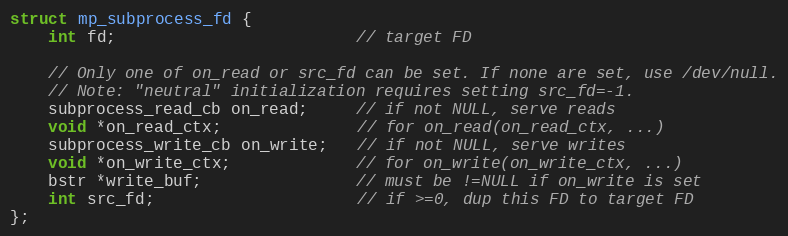
Language: C
struct mp_subprocess_fd {
    int fd;                         // target FD

    // Only one of on_read or src_fd can be set. If none are set, use /dev/null.
    // Note: "neutral" initialization requires setting src_fd=-1.
    subprocess_read_cb on_read;     // if not NULL, serve reads
    void *on_read_ctx;              // for on_read(on_read_ctx, ...)
    subprocess_write_cb on_write;   // if not NULL, serve writes
    void *on_write_ctx;             // for on_write(on_write_ctx, ...)
    bstr *write_buf;                // must be !=NULL if on_write is set
    int src_fd;                     // if >=0, dup this FD to target FD
};